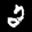
Label: 2